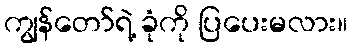
ကျွန်တော်ရဲ့ ခုံကို ပြပေးမလား။